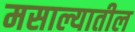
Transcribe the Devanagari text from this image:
मसाल्यातील